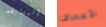
المسابقه الأعماق